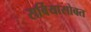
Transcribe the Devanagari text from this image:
सर्बियासोबत